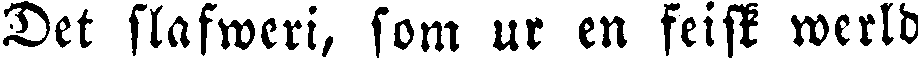
Det slafweri, som ur en feisk werld